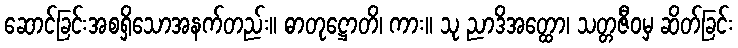
ဆောင်ခြင်းအစရှိသောအနက်တည်း။ ဓာတုဋ္ဌောတိ၊ ကား။ သု ညာဒိအတ္ထော၊ သတ္တဇီဝမှ ဆိတ်ခြင်း